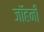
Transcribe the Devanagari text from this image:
जॉहनी